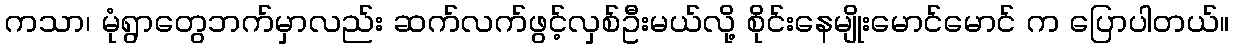
ကသာ၊ မုံရွာတွေဘက်မှာလည်း ဆက်လက်ဖွင့်လှစ်ဦးမယ်လို့ စိုင်းနေမျိုးမောင်မောင် က ပြောပါတယ်။